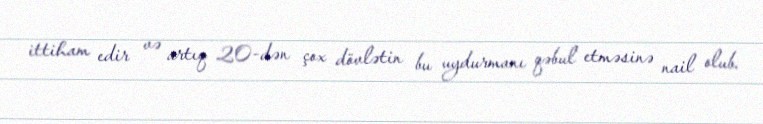
ittiham edir və artıq 20-dən çox dövlətin bu uydurmanı qəbul etməsinə nail olub.